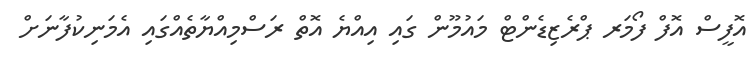
އޮފީސް އޮފް ފޯމަރ ޕްރެޒިޑެންޓް މައުމޫން ގައި އިއްޔެ އޮތް ރަސްމިއްޔާތެއްގައި އެމަނިކުފާނަށް